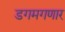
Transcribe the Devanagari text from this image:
डगमगणार